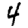
Digit: 4